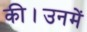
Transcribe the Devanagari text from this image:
की।उनमें